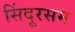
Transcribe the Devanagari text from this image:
सिंदूरसम